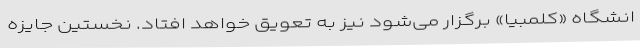
انشگاه «کلمبیا» برگزار می‌شود نیز به تعویق خواهد افتاد. نخستین جایزه